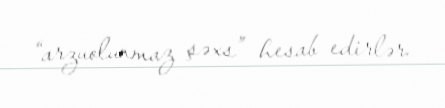
“arzuolunmaz şəxs” hesab edirlər.